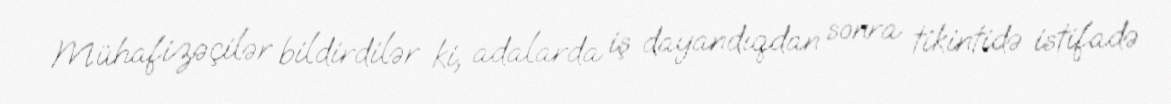
Mühafizəçilər bildirdilər ki, adalarda iş dayandıqdan sonra tikintidə istifadə